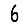
Digit: 6